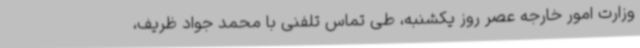
وزارت امور خارجه عصر روز یکشنبه، طی تماس تلفنی با محمد جواد ظریف،